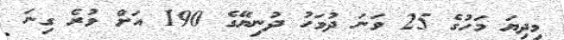
މިދިޔަ މަހުގެ 25 ވަނަ ދުވަހު ދުނިޔޭގެ 190 އަށް ވުރެ ގިނަ